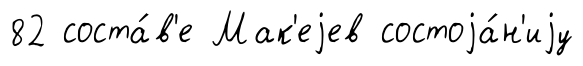
82 соста́в'е Мак'еjев состоjа́н'иjу